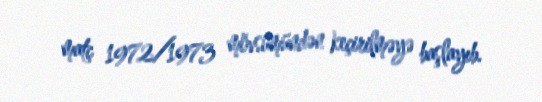
matç 1972/1973 mövsümündən keçirilməyə başlayıb.